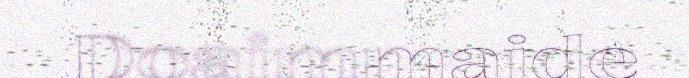
Doaimmaide